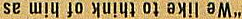
"We like to think of him as